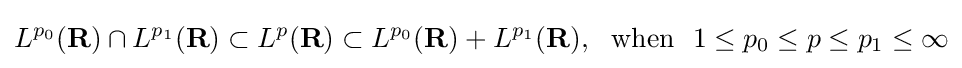
L^{p_{0}}(\mathbf {R} )\cap L^{p_{1}}(\mathbf {R} )\subset L^{p}(\mathbf {R} )\subset L^{p_{0}}(\mathbf {R} )+L^{p_{1}}(\mathbf {R} ),\ \ {\text{when}}\ \ 1\leq p_{0}\leq p\leq p_{1}\leq \infty